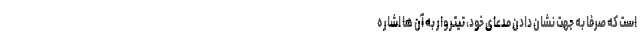
است که صرفاً به جهتِ نشان دادنِ مدعای خود، تیتروار به آن ها اشاره